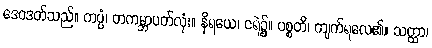
ဒေဝဒတ်သည်။ ကပ္ပံ၊ တကမ္ဘာပတ်လုံး။ နိရယေ၊ ငရဲ၌။ ပစ္စတိ၊ ကျက်ရလေ၏။ သတ္ထာ၊